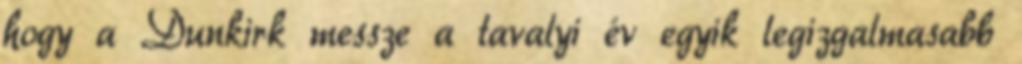
hogy a Dunkirk messze a tavalyi év egyik legizgalmasabb